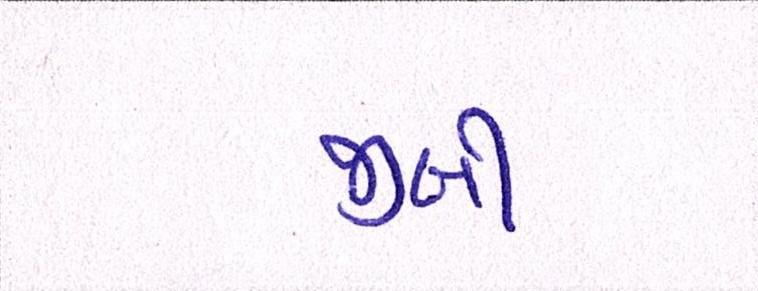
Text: જીબી